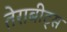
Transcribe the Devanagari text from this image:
तेराबीट्स